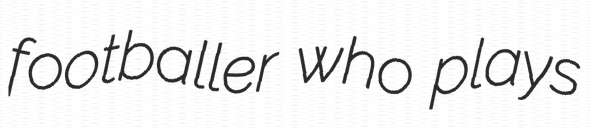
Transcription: footballer who plays